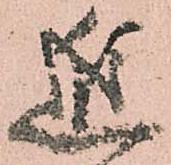
進